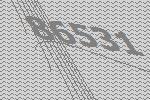
86531